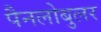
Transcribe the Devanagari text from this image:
पैनलोबुलर